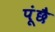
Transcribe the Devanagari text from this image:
पूंछै